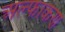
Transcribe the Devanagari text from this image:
अल्फाकण